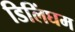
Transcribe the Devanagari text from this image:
डिलिंघम